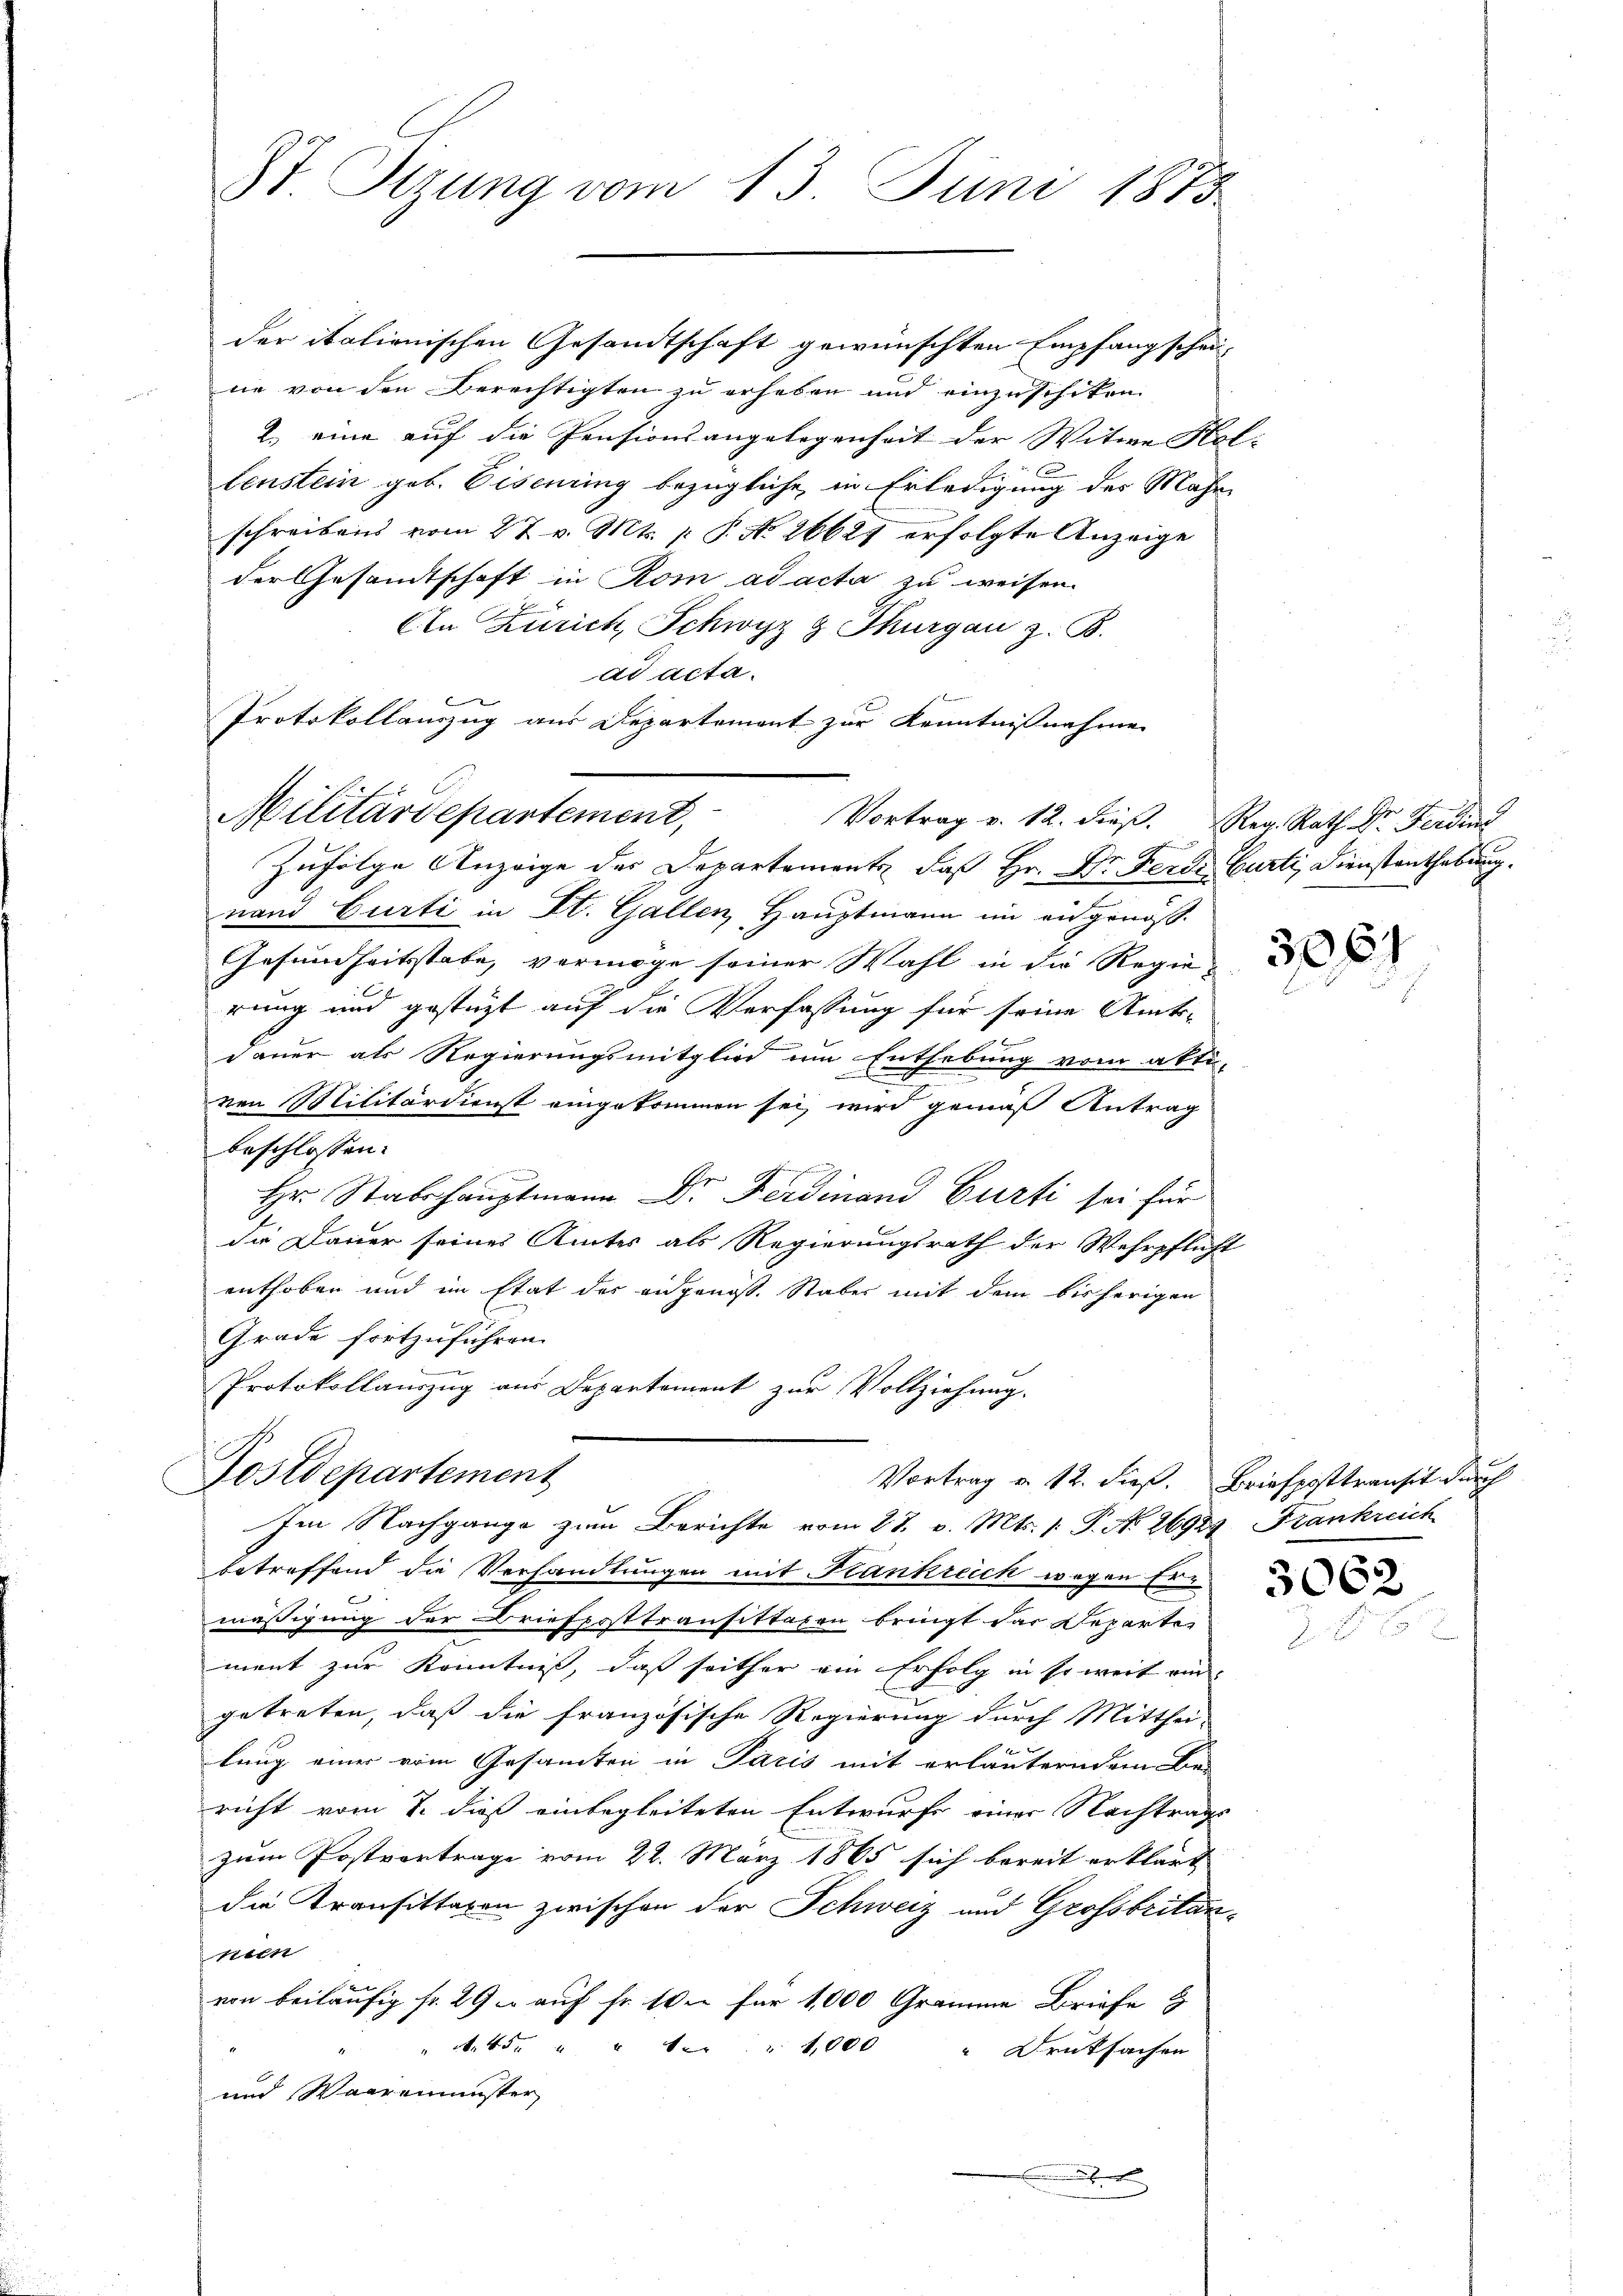
St. Sitzung vom 13. Juni 1875

Militärdepartement,

der italionischen Gesandtschaft gewünschten Empfangschei-
ne von den Berechtigten zu erheben und einzuschiken.
2.) eine auf die Pensionsangelegenheit der Witwe Ko
lenstein geb. Eisenring bezügliche in Erledigung des Mahn
schreibens vom 27. v. Mts. p P. No 26627 erfolgte Anzeige
der Gesandtschaft in Rom ad acta zu weisen.
An Zürich, Schwyz z. Thurgau z. B.
ad acta.
Protokollauszug aus Departement zur Kenntnißnahme
Zufolge Anzeige des Departement, daß Hr. Dr. Ferdi. Curti, Dienstanthebung.
nand Curti in St. Gallen, Hauptmann im eidgenöß¬
Gesundheitsstabe, vermöge seiner Wahl in die Regierung und gestüzt auf die Verfassung für seine Amts-
dauer als Regierungsmitglied um Enthebung vom akti-
von Militärdienst eingekommen sei, wird gemäß Antrag
beschlossen:
Hr. Stabshauptmann Dr. Ferdinand Curti sei für
die Dauer seines Amtes als Regierungsrath der Wehrpflicht
enthoben und im Etat des angenoß. Staber mit dem bisherigen
x
Grade fortzuführen.
Protokollauszug aus Departement zur Vollziehung.

Vortrag v. 12. dieβ. Reg. Rath Dr. Ferdin

Postdepartement
Im Nachgange zum Berichte vom 27. v. Mts. 1. P. No. 26924. Frankreich

Vortrag v. 12. dieß. Briefposttransit durch

betreffend die Verhandlungen mit Krankreich wegen Ern
mäßigung der Briefposttransittagen bringt dar Departe
ment zur Kenntniß, daß seither ein Erfolg in so weit ein
getreten, daß die französische Regierung durch Mitthei-
t
lung einer vom Gesamten in Paris mit erläuterndem Be-
richt vom 7. dieß einbegleiteten Entwurfe einer Nachtrags
zum Postvortrage vom 22. März 1865 sich bereit erklärt
die Transittagen zwischen der Schweiz und Grossbritansten
von beiläufig fr. 29 u auf Fr. Wie für 1,000 Gramme Briefe g
 45. " " " " 1,000 " Druksachen
und Waaremenster
.
e

3061

3062